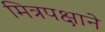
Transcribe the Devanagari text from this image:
मित्रपक्षाने